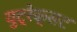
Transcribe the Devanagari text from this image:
युट्रेक्सट